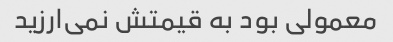
معمولی بود به قیمتش نمی‌ارزید